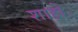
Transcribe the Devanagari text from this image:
शाहो